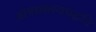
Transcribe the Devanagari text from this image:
औषधालयपद्धति